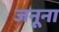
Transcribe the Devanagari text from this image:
जनूना